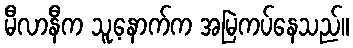
မီလာနီက သူ့နောက်က အမြဲကပ်နေသည်။